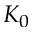
K _ { 0 }